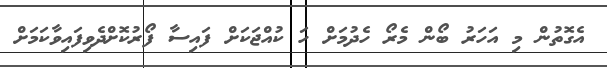
އެގޮތުން މި އަހަރު ބޯން މެރޯ ހެދުމަށް ހަ ކުއްޖަކަށް ފައިސާ ފޯރުކޮށްދެވިފައިވާކަމަށް